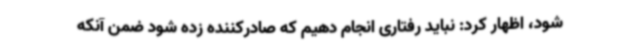
شود، اظهار کرد: نباید رفتاری انجام دهیم که صادرکننده زده شود ضمن آنکه